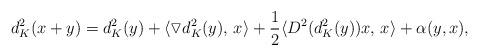
LaTeX: \begin{align*}d_{K}^2(x+y) = d_{K}^2(y) + \langle \triangledown d_{K}^2(y),\,x\rangle + \frac{1}{2} \langle D^2(d_{K}^2(y))x,\,x\rangle + \alpha(y,x), \end{align*}